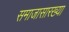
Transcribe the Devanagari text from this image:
समाजासारख्या